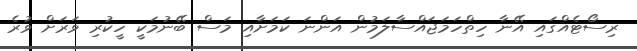
ރިސޯޓެއްގައި އޭނާ ހިތްހަމަޖައްސާލަމުން އަންނަ ކަމަށާއި މަސް ބޭނުމަކީ ހީކުރި ވަރަށް ވުރެ